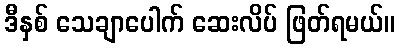
ဒီနှစ် သေချာပေါက် ဆေးလိပ် ဖြတ်ရမယ်။